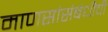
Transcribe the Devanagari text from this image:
माणसांसंबंधीची